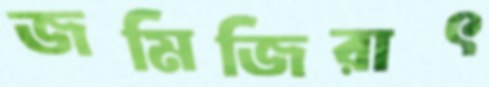
জমিজিরাৎ